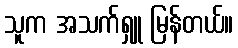
သူက အသက်ရှူ မြန်တယ်။